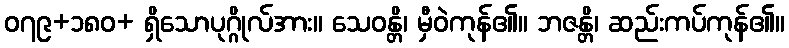
၀၇၉+၁၈၀+ ရှိသောပုဂ္ဂိုလ်အား။ သေဝန္တိ၊ မှီဝဲကုန်၏။ ဘဇန္တိ၊ ဆည်းကပ်ကုန်၏။